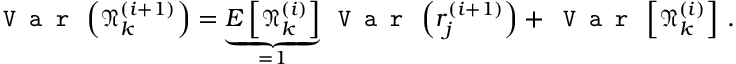
\texttt { V a r } \left( \mathfrak { N } _ { k } ^ { ( i + 1 ) } \right) = \underbrace { E \left[ \mathfrak { N } _ { k } ^ { ( i ) } \right] } _ { = 1 } \texttt { V a r } \left( r _ { j } ^ { ( i + 1 ) } \right) + \texttt { V a r } \left[ \mathfrak { N } _ { k } ^ { ( i ) } \right] \, .